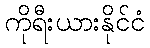
ကိုရီးယားနိုင်ငံ